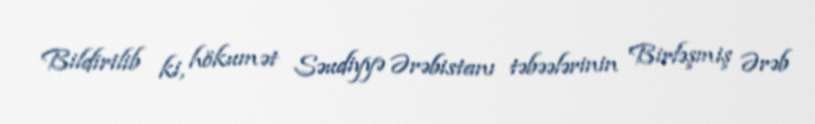
Bildirilib ki, hökumət Səudiyyə Ərəbistanı təbəələrinin Birləşmiş Ərəb